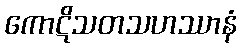
ကောဋိသတသဟဿာနံ